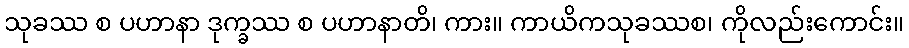
သုခဿ စ ပဟာနာ ဒုက္ခဿ စ ပဟာနာတိ၊ ကား။ ကာယိကသုခဿစ၊ ကိုလည်းကောင်း။